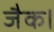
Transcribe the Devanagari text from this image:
जैक।